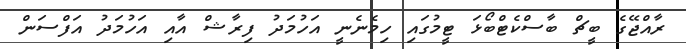
ރާއްޖޭގެ ބީޗް ބާސްކެޓްބޯޅަ ޓީމުގައި ހިމެނެނީ އަހުމަދު ފިރާޝް އާއި އަހުމަދު އަފްސަން